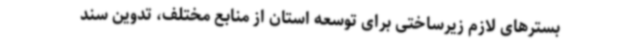
بسترهای لازم زیرساختی برای توسعه استان از منابع مختلف، تدوین سند